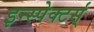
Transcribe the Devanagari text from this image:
इन्स्पेक्टर्स्